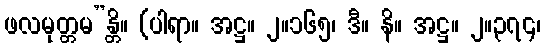
ဖလမုတ္တမ”န္တိ။ (ပါရာ။ အဋ္ဌ။ ၂။၁၆၅၊ ဒီ။ နိ။ အဋ္ဌ။ ၂။၃၇၄၊